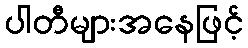
ပါတီများအနေဖြင့်